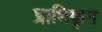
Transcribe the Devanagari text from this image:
प्राधिकृत